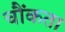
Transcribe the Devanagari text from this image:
चौंकता